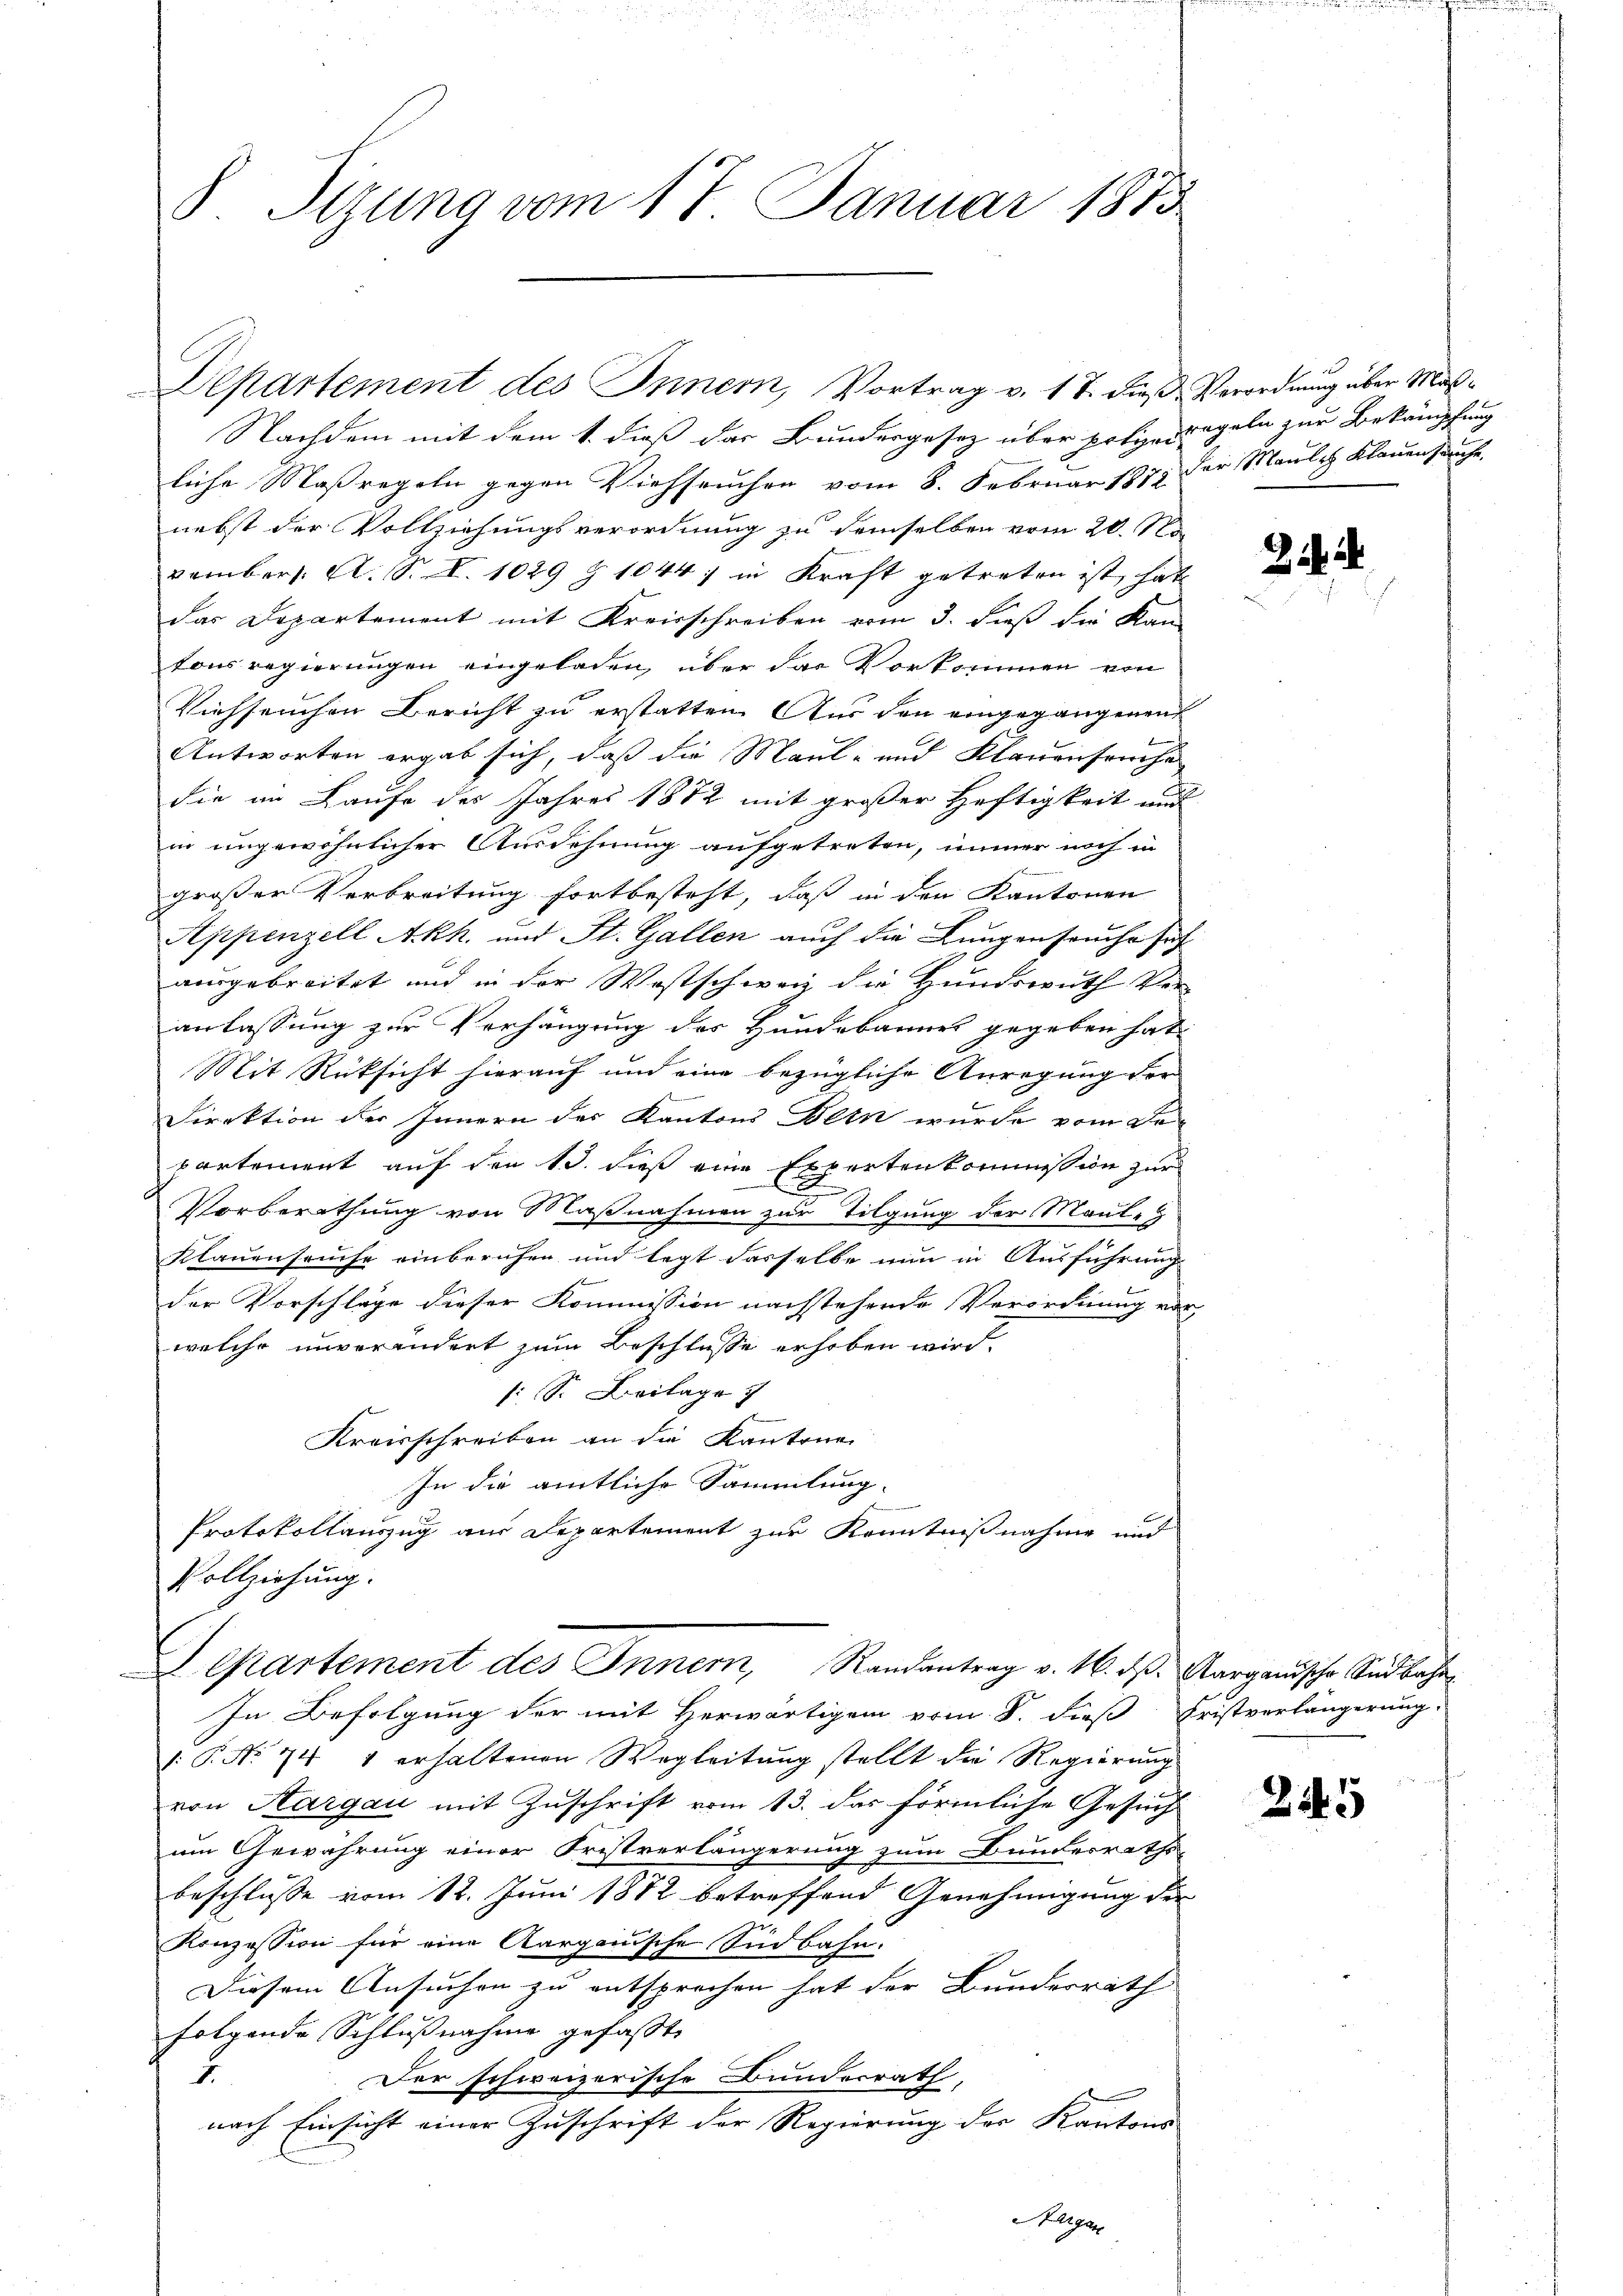
8 Stzung vom 17. Januar 1873

Departement des Innern, Vortrag v. 17. dieß Verordnung über Maß¬

Nachdem mit dem 1. dieß das Bundesgesetz über polize regeln zur Bekämpfung
liche Maßregeln gegen Viehseuchen vom 8. Februar 1872 der Maulich Klauenseuche.
nebst der Vollziehungsverordnung zu demselben vom 20.11.
vember. A. S. S. 1029 § 1044 in Kraft getreten ist, hat
das Departement mit Kreisschreiben vom 3. dieß die Kan-
tonsregierungen eingeladen, über das Vorkommen von
Viehseuchen Bericht zu erstatten. Aus den eingegangenen
Antworten ergab sich, dass die Maul- und Klauenseuche
die im Laufe des Jahres 1872 mit großer Heftigkeit auf
in ungewöhnlicher Ausdehnung aufgetreten, immer noch in
großer Verbreitung fortbesteht, daß in den Kantonen
Appenzell A.Rh. und St. Gallen auch die Lungen souche sof
ausgebreitet und in der Wostschweiz die Hundswuth Ver-
anlassung zur Verhängung des Hundebannes gegeben hat.
Mit Rücksicht hierauf und eine bezügliche Anregung der
Direktion der Innern des Kantons Bern wurde vom Departement auf den 13. dieß eine Expertenkommission zur
Vorberathung von Maßnahmen zur Tilgung der Maul-
Klauenseuche einberufen und legt dasselbe nun in Ausführung
der Vorschläge dieser Kommission nachstehende Verordnung vor,
welche unverändert zum Beschlusse erhoben wird.
s: S. Beilage
Kreisschreiben an die Kantone
In die amtliche Sammlung
Protokollauszug aus Departement zur Kenntnißnahme und
Vollziehung.
Separtement des Inner, Randantrag v. 16. dβ. Aarganische Südbahn
In Befolgung der mit Herwärtigen vom 8. dieß Fristverlängerung
.P. Nr. 74 1 erhaltenen Wegleitung stellt die Regierung
von Aargau mit Zuschrift vom 13. das förmliche Gesuch
um Gewährung einer Fristverlängerung zum Bundesraths
beschlüsse vom 12. Juni 1872 betreffend Genehmigung der
Konzession für eine Aargauische Südbahn.
Diesem Ansuchen zu entsprechen hat der Bundesrath
folgende Schlußnahme gefasst,
2
Der schweizerische Bunderrath,
nach Einsicht einer Zuschrift der Regierung des Kantons
Hergan

Zie

2145